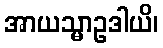
အာယသ္မာဥဒါယိ၊